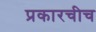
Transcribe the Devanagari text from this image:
प्रकारचीच